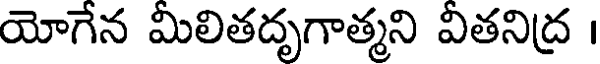
యోగేన మిలితదృగాత్మని వితనిద్ర ।